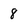
Character: 8